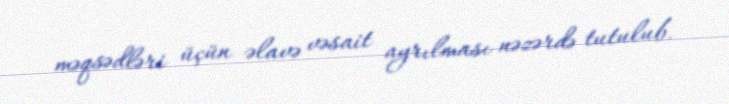
məqsədləri üçün əlavə vəsait ayrılması nəzərdə tutulub.